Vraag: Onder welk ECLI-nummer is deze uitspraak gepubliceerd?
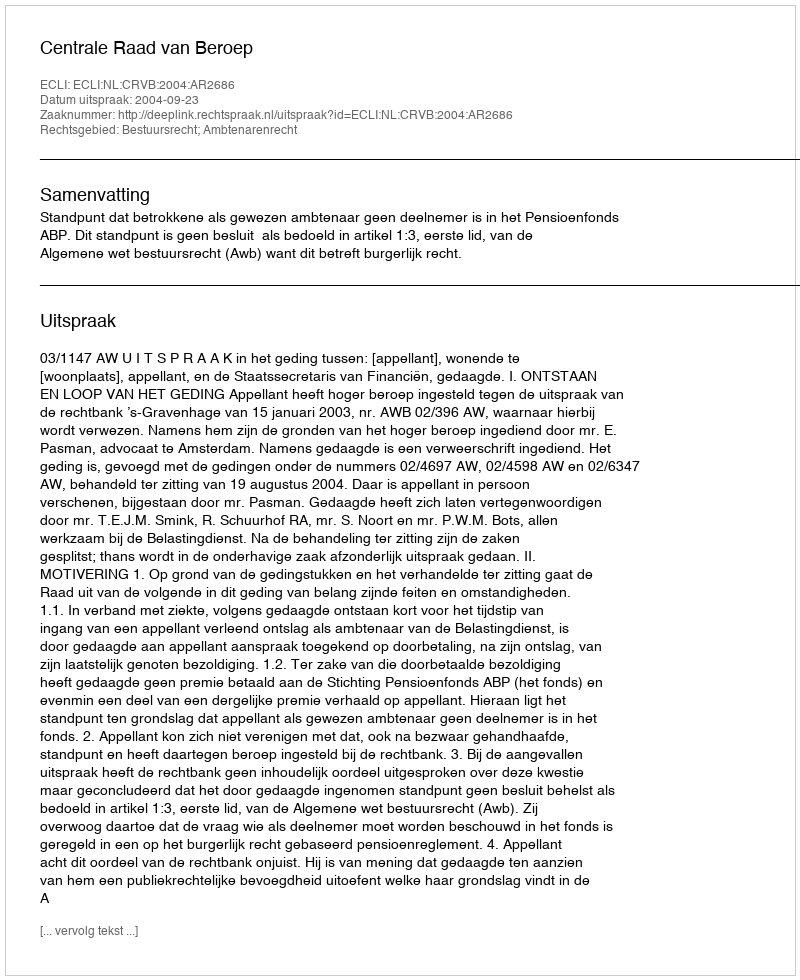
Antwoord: ECLI:NL:CRVB:2004:AR2686